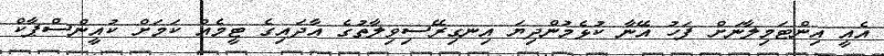
އެއީ އިންޓަމިލާނަށް ފަހު އޭނާ ކުޅެމުންދިޔަ އިނގިރޭސިވިލާތުގެ އާދައިގެ ޓީމެއް ކަމަށް ކުއީންސްޕާކް